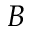
\boldsymbol { B }